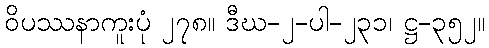
ဝိပဿနာကူးပုံ ၂၇၈။ ဒီဃ-၂-ပါ-၂၃၁၊ ဋ္ဌ-၃၅၂။